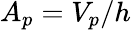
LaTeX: A_{p}=V_{p}/h